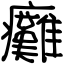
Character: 癱